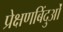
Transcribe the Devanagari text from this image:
प्रेक्षणबिंदुओं